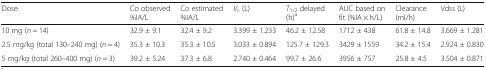
<table><thead><tr><td><b>Dose</b></td><td><b>Co observed %IA/L</b></td><td><b>Co estimated %IA/L</b></td><td><b><i>V</i><sub>c</sub> (L)</b></td><td><b><i>T</i><sub>1/2</sub> delayed (h)<sup>a</sup></b></td><td><b>AUC based on fit (%IA × h/L)</b></td><td><b>Clearance (ml/h)</b></td><td><b>Vdss (L)</b></td></tr></thead><tbody><tr><td>10 mg (<i>n</i> = 14)</td><td>32.9 ± 9.1</td><td>32.4 ± 9.2</td><td>3.399 ± 1.233</td><td>46.2 ± 12.58</td><td>1712 ± 438</td><td>61.8 ± 14.8</td><td>3.669 ± 1.281</td></tr><tr><td>2.5 mg/kg (total 130–240 mg) (<i>n</i> = 4)</td><td>35.3 ± 10.3</td><td>35.3 ± 10.5</td><td>3.033 ± 0.894</td><td>125.7 ± 129.3</td><td>3429 ± 1559</td><td>34.2 ± 15.4</td><td>2.924 ± 0.830</td></tr><tr><td>5 mg/kg (total 260–400 mg) (<i>n</i> = 3)</td><td>39.2 ± 5.24</td><td>37.3 ± 6.8</td><td>2.740 ± 0.464</td><td>99.7 ± 26.6</td><td>3956 ± 757</td><td>25.8 ± 4.5</td><td>3.504 ± 0.871</td></tr></tbody></table>